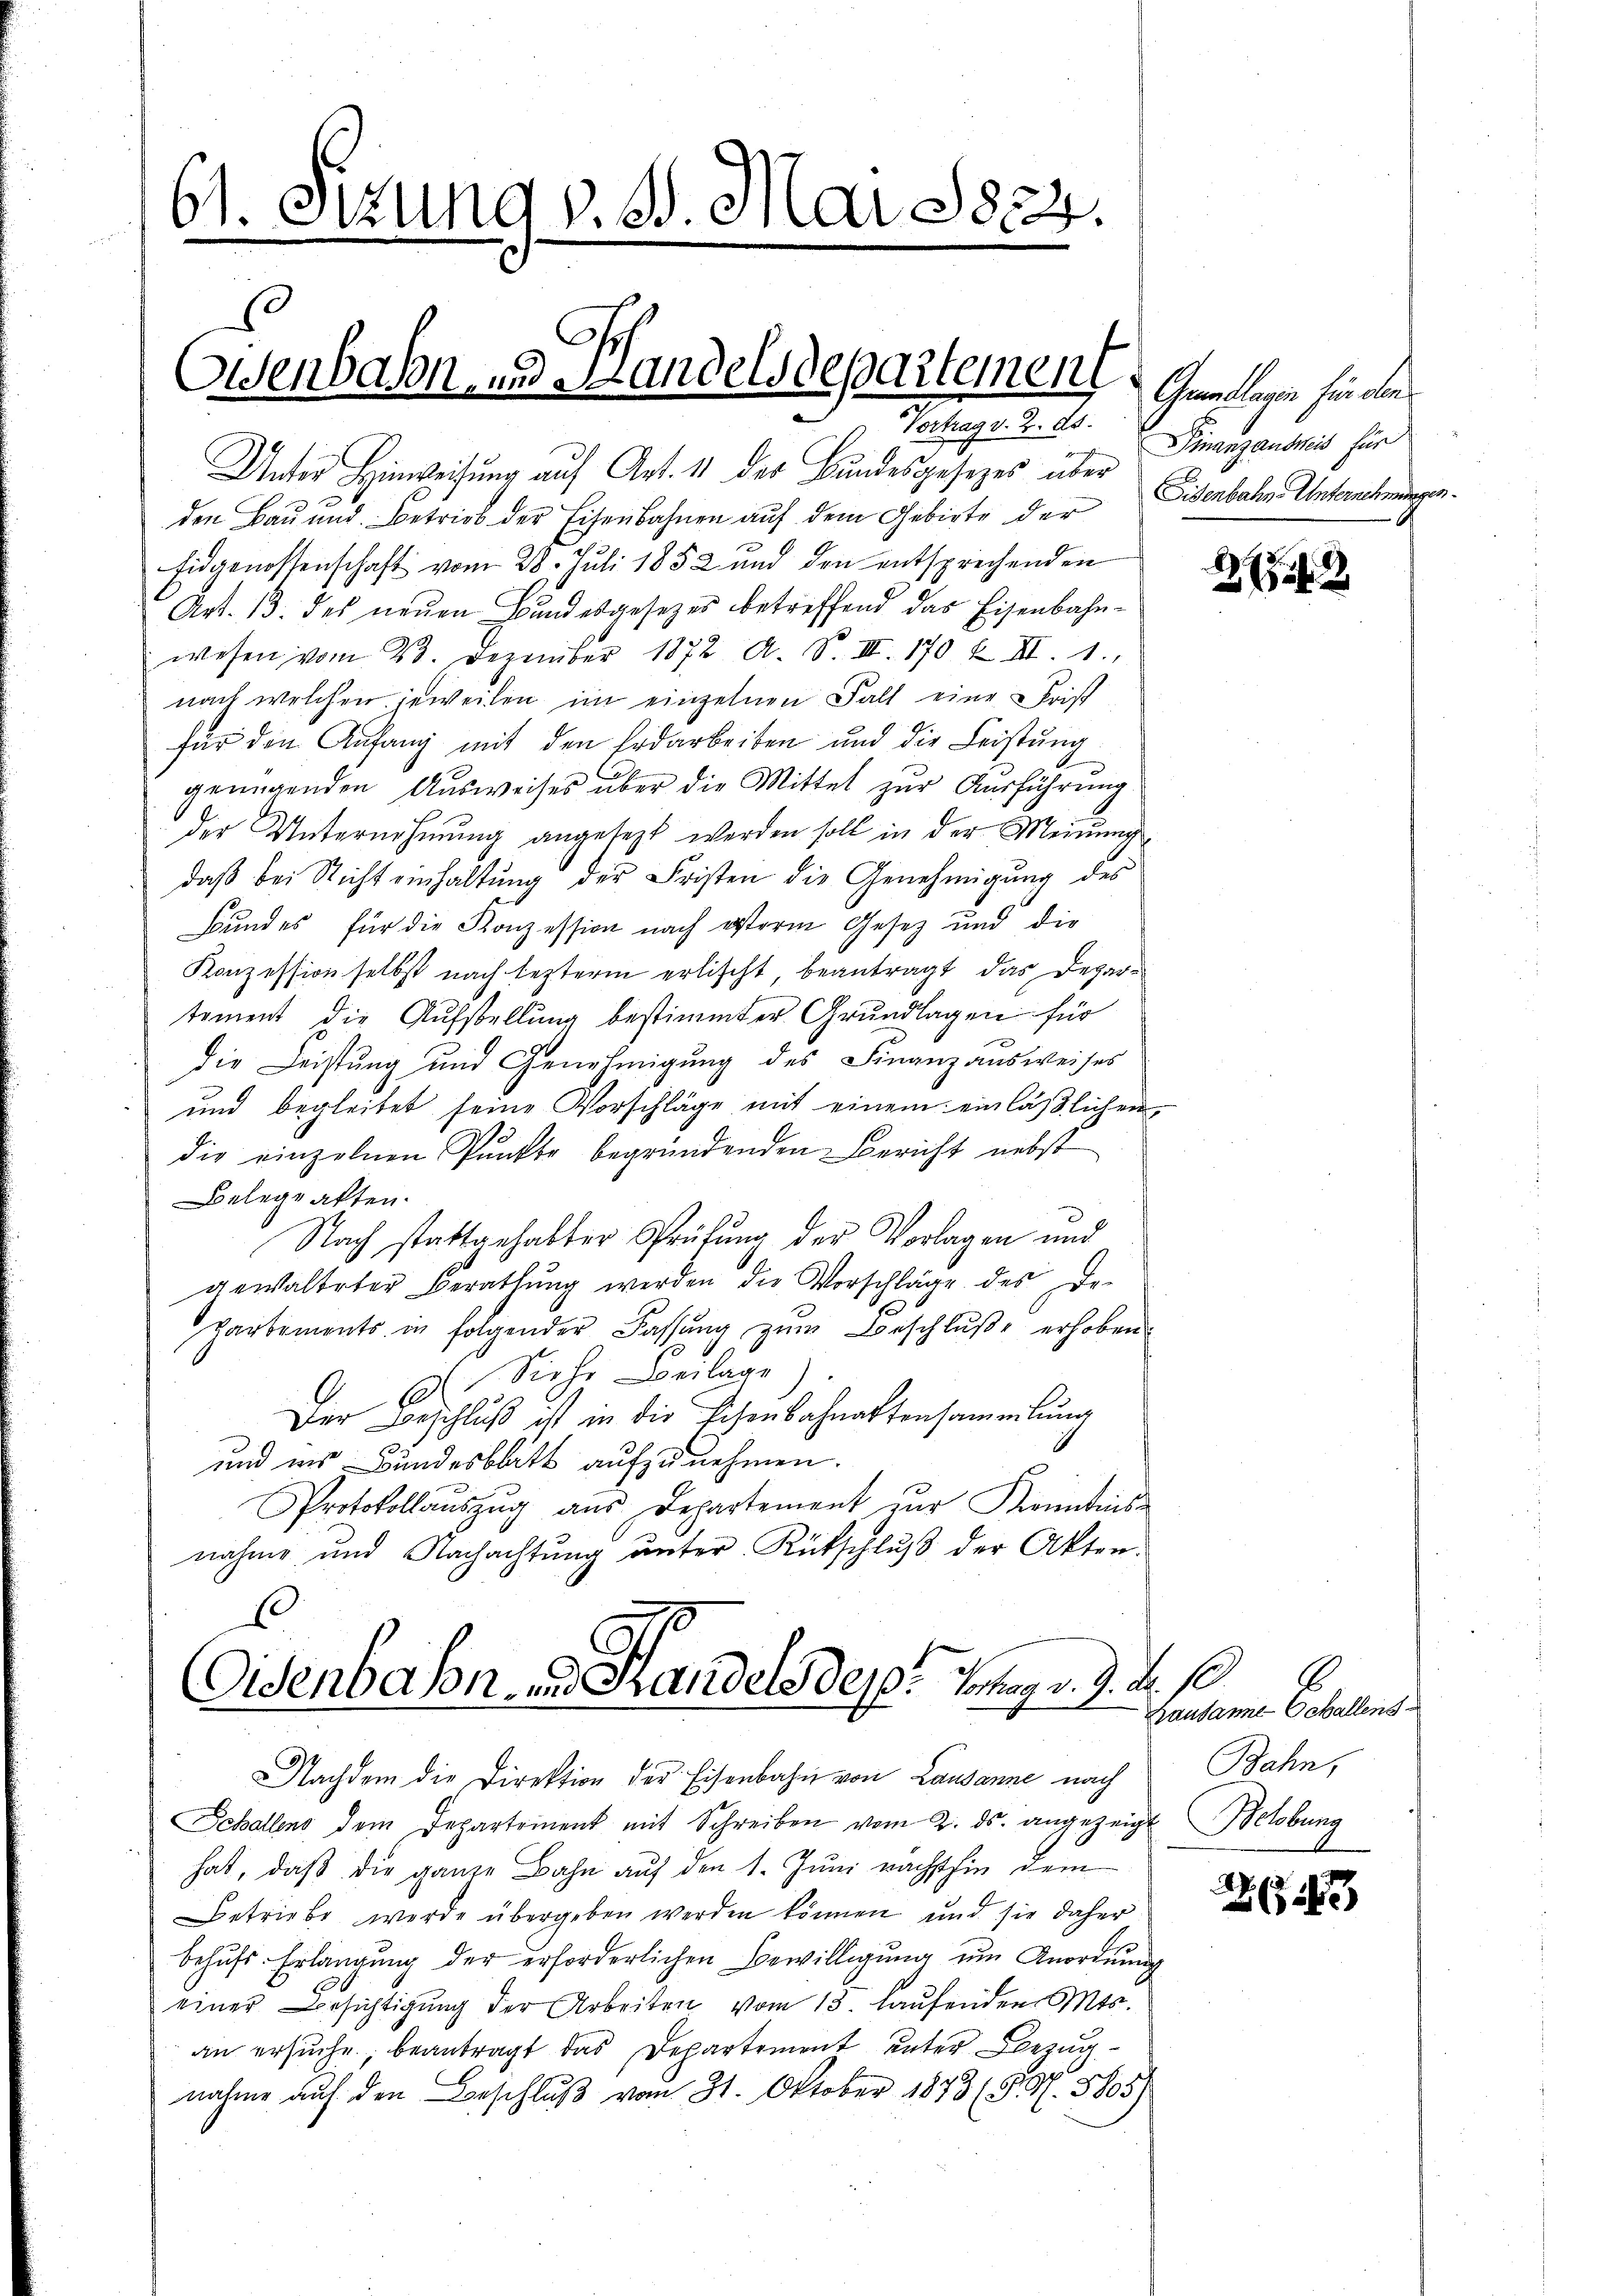
61. Sitzung v. 8. Mai 1834.
.

Osenbahn und Handelsdepartement Gelegen für den
Vortrag v. 2. ds.

Unter Hinweisung auf Art. 11 der Bundesgesetzes über Eisenbahn Unternehmungen.
den Bau und Betrieb der Eisenbahnen auf dem Gebirte der
Eidgenossenschaft vom 28. Juli 1852 und den entsprechenden
Art. 13. des neuen Bundesgesetzes betreffend das Eisenbahnwesen vom 23. Dezember 1872 A. S. III. 170 Z III. 1.
nach welchen jeweilen im einzelnen Fall eine Christ
für den Anfang mit den Erdarbeiten und die Leistung
genügenden Ausweises über die Mittel zur Ausführung
der Unternehmung angesetzt werden soll in der Meinung
daβ bei Richt einhaltung der Fristen die Genehmigung des
Bundes für die Konzession nach ersterm Gesetz und die
Konzession selbst nach lezterm erlischt, beantragt, das Departement die Aufstellung bestimmter Grundlagen für
die Leistung und Genehmigung des Finanzausweises
und begleitet seine Vorschläge mit einem einläβlichen,
die einzelnen Punkte begründenden Bericht nebst
Belegatten.
Nach stattgehabter Prüfung der Vorlagen und
gewalteter Berathung werden die Vorschläge des De-
kartements in folgender Fassŭng zŭm Beschlŭβe erhoben.
 Siehe Beilage)
.
Der Beschluß ist in die Eisenbahnaktensammlung
und wir Bundesblatt aufzunehmen.
Protokollaŭszŭg aŭs Departement zŭr Kenntnis-
nahme und Nachachtung unter Rückschluß der Akten.
1
Oisenbahn und Handels der Tag v. 9. d. 10
Nachdem die Direktion der Eisenbahn von Lausanne nach
Schallens dem Departement mit Schreiben vom 2. ds. angezeigt Belobung
hat, daß die ganze Bahn auf den 1. Juni nächsthin dem
Betriebe werde übergeben werden können und sie daher
behufs Erlangung der erforderlichen Bewilligung um Anordnung
einer Besichtigŭng der Arbeiten vom 13. laŭfenden Mts.
an ersuche, beantragt das Departement unter Bezugnahme auf den Beschluß vom 31. Oktober 1873 (S. S. 5805)

Finanzausweis für

27

b
Bausanne - Schallens-
Bahn,

A